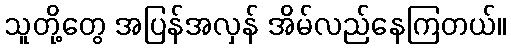
သူတို့တွေ အပြန်အလှန် အိမ်လည်နေကြတယ်။